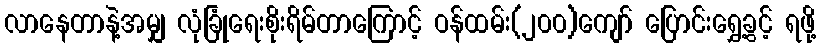
လာနေတာနဲ့အမျှ လုံခြုံရေးစိုးရိမ်တာကြောင့် ဝန်ထမ်း(၂၀၀)ကျော် ပြောင်းရွှေ့ခွင့် ရဖို့